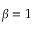
\beta = 1